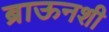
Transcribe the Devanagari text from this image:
ब्राऊनशी